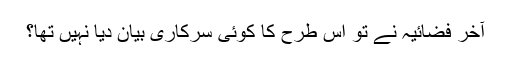
آخر فضائیہ نے تو اس طرح کا کوئی سرکاری بیان دیا نہیں تھا؟